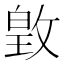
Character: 𫿃